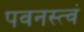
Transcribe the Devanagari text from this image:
पवनस्त्वं